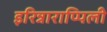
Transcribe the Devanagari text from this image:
इरिन्नाराप्पिली